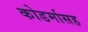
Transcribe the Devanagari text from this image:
कोडर्मासह